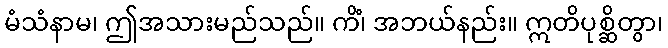
မံသံနာမ၊ ဤအသားမည်သည်။ ကိံ၊ အဘယ်နည်း။ ဣတိပုစ္ဆိတွာ၊